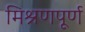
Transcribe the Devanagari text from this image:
मिश्रणपूर्ण